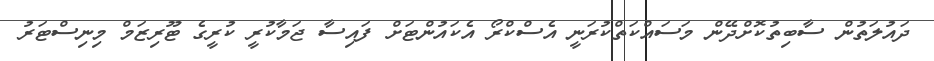
ދައުލަތުން ސާބިތުކޮށްދޭން މަސައްކަތްކުރަނީ އެސްކްރޯ އެކައުންޓަށް ފައިސާ ޖަމާކުރީ ކުރީގެ ޓޫރިޒަމް މިނިސްޓަރު